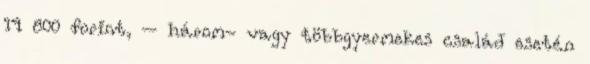
14 800 forint, – három- vagy többgyermekes család esetén